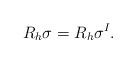
\begin{align*}R_h\mathbf\sigma = R_h\mathbf\sigma^I.\end{align*}